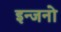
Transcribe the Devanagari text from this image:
इन्जनो